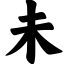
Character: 未